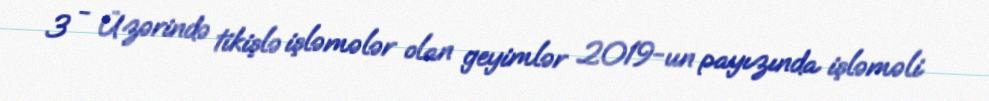
3 - Üzərində tikişlə işləmələr olan geyimlər 2019-un payızında işləməli